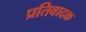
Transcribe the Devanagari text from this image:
प्रतिवादक